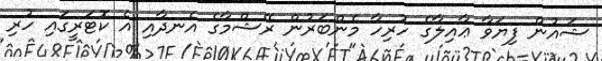
ޝައުން ފިޔަވާ ޢާއިލާގެ ހުރިހާ މެންބަރުން ރޭޝްމާގެ އެނދާއި އެ ކޮޓަރީގައި ހުރި